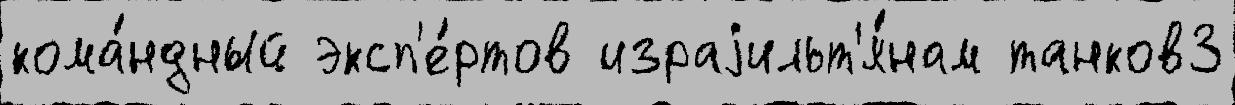
кома́ндный эксп'е́ртов израjильт'я́нам танков3